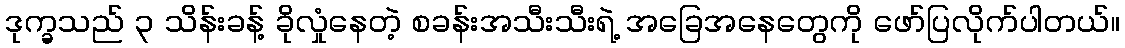
ဒုက္ခသည် ၃ သိန်းခန့် ခိုလှုံနေတဲ့ စခန်းအသီးသီးရဲ့ အခြေအနေတွေကို ဖော်ပြလိုက်ပါတယ်။